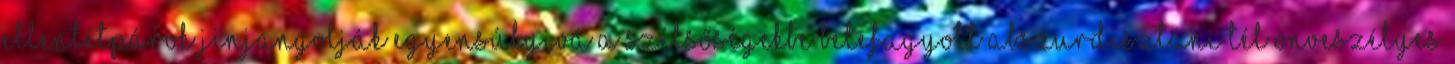
ellentétpárok jinjangolják egyensúlyivá a szélsőségekbe belefagyott abszurdisztáni tél önveszélyes